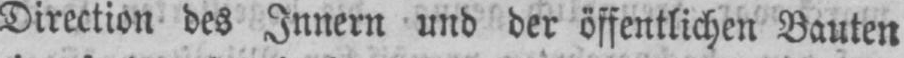
Direction des Innern und der öffentlichen Bauten